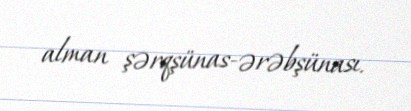
alman şərqşünas-ərəbşünası.